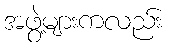
အဖွဲ့များကလည်း